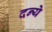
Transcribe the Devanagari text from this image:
दन्ये